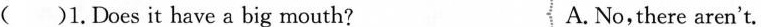
()1.Does it have a big mouth? A. No,there aren't.